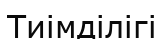
Тиімділігі